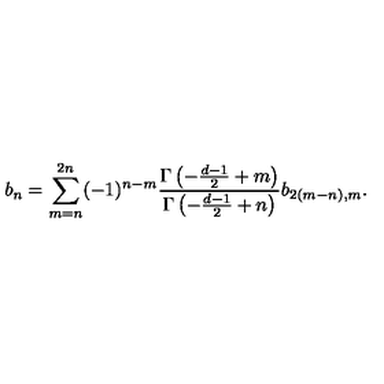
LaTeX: b _ { n } = \sum _ { m = n } ^ { 2 n } ( - 1 ) ^ { n - m } { \frac { \Gamma \left( - { \frac { d - 1 } { 2 } } + m \right) } { \Gamma \left( - { \frac { d - 1 } { 2 } } + n \right) } } b _ { 2 ( m - n ) , m } .